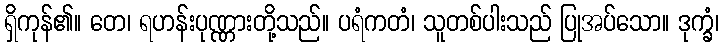
ရှိကုန်၏။ တေ၊ ရဟန်းပုဏ္ဏားတို့သည်။ ပရံကတံ၊ သူတစ်ပါးသည် ပြုအပ်သော။ ဒုက္ခံ၊